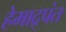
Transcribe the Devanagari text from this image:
हेमाद्र्पंत